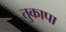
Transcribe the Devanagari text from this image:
तुकापा